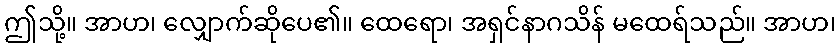
ဤသို့။ အာဟ၊ လျှောက်ဆိုပေ၏။ ထေရော၊ အရှင်နာဂသိန် မထေရ်သည်။ အာဟ၊